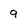
Character: 9